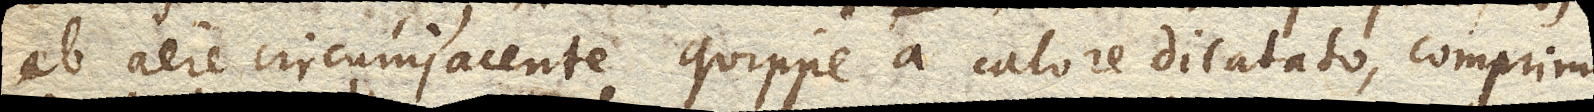
ab aere circumjacente quippe a calore dilatato, comprimi